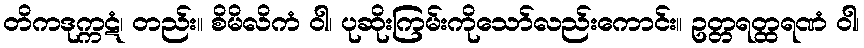
တိကဒုက္ကဋံ၊ တည်း။ စိမိလိကံ ဝါ၊ ပုဆိုးကြမ်းကိုသော်လည်းကောင်း။ ဥတ္တရတ္ထရဏံ ဝါ၊